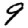
Digit: 9